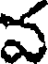
వ